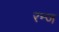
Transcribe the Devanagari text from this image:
रन्ज